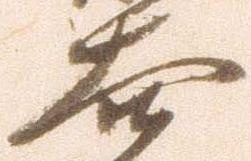
大